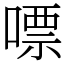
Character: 嘌